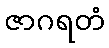
ဇာဂရတံ